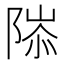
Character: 䧙